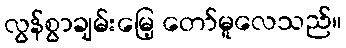
လွန်စွာချမ်းမြေ့ တော်မူလေသည်။